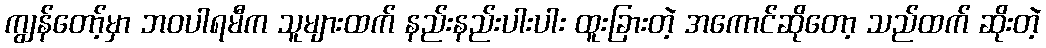
ကျွန်တော့်မှာ ဘဝပါရမီက သူများထက် နည်းနည်းပါးပါး ထူးခြားတဲ့ အကောင်ဆိုတော့ သည်ထက် ဆိုးတဲ့